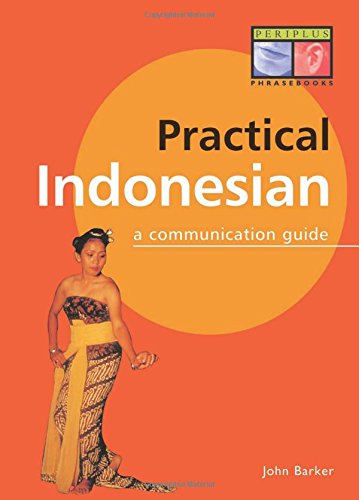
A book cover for Practical Indonesian Phrasebook: A Communication Guide (Periplus Language Books); John Barker; Travel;